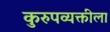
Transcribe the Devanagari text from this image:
कुरुपव्यक्तीला